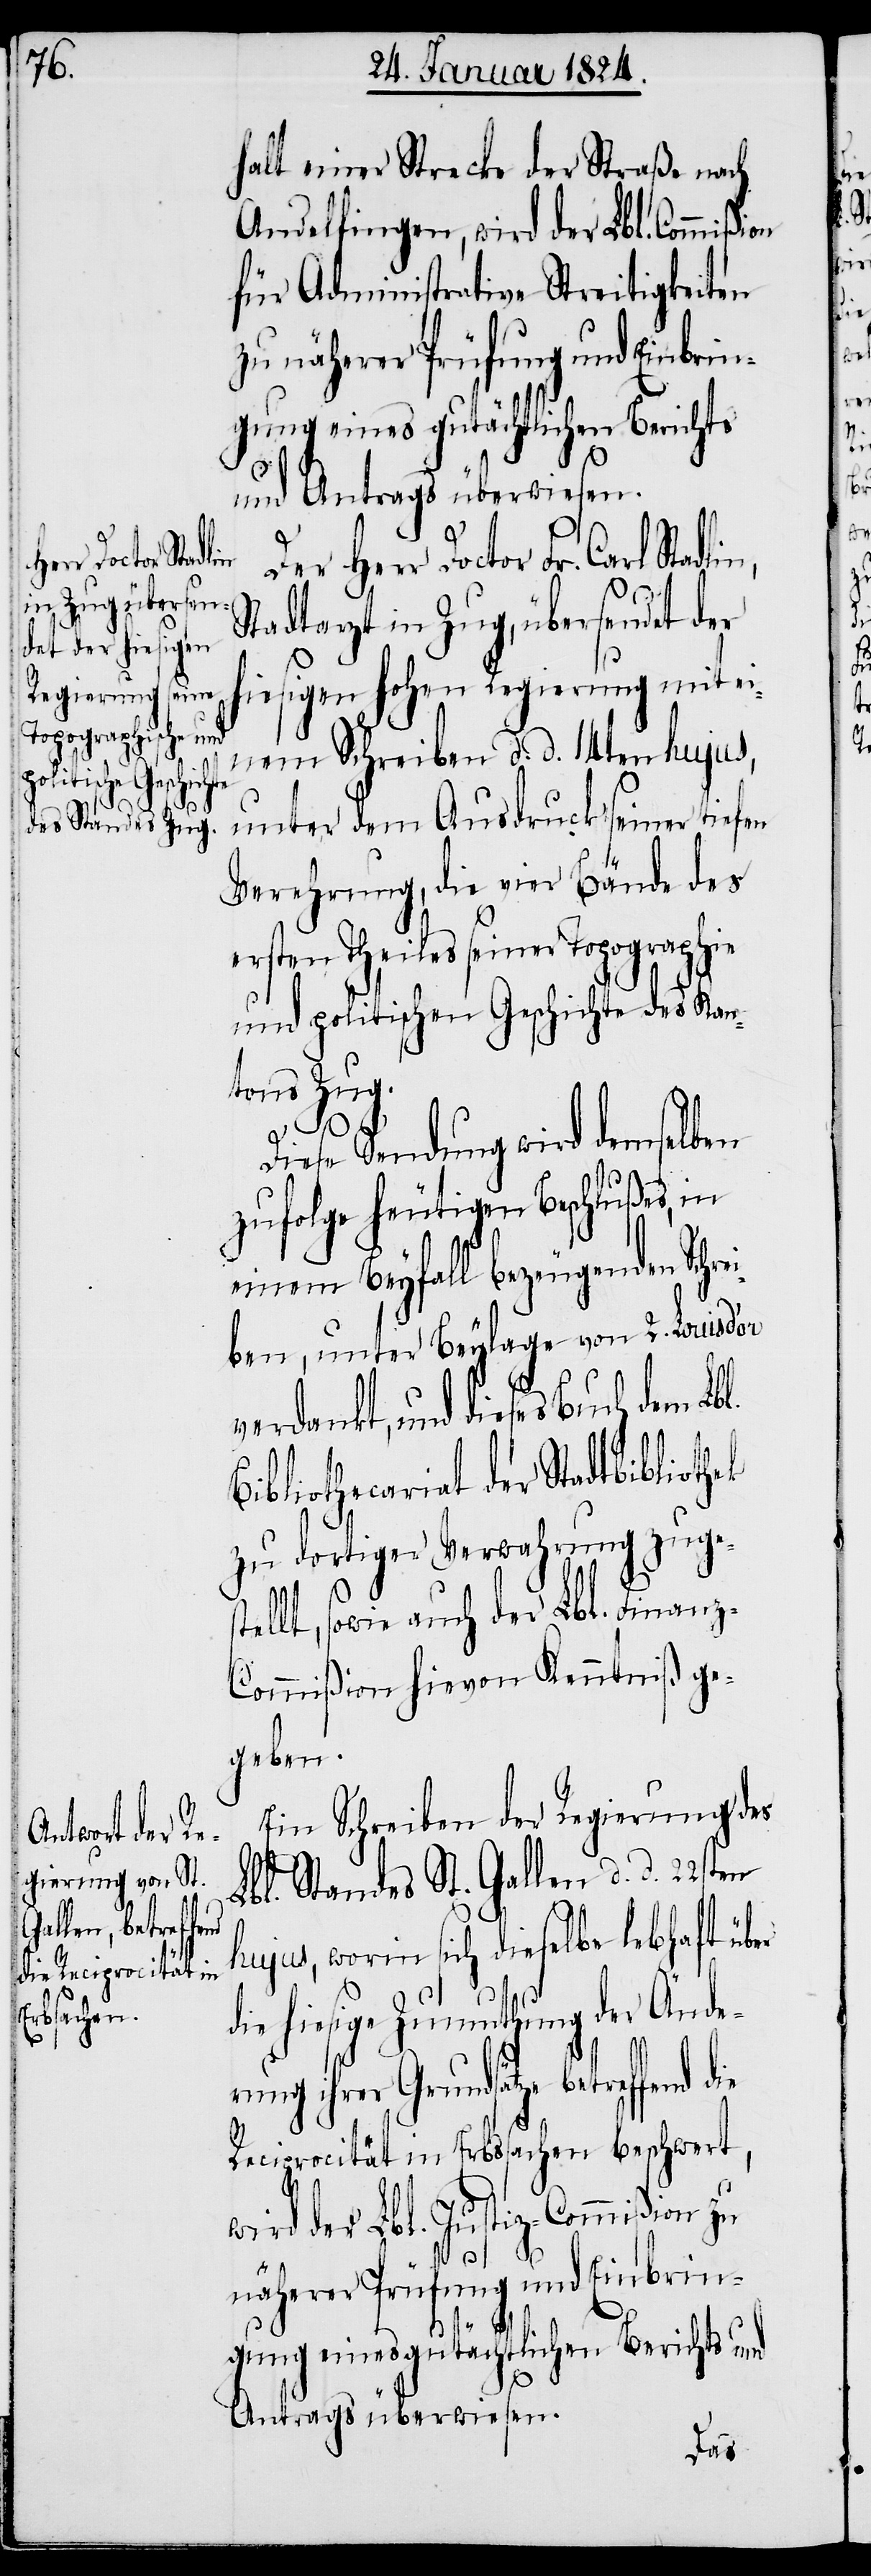
der Lbl.
sowie auch
er

halt einer Strecke der Straße nach
Andelfingen, wird der Lbl. Commißi¬
für Administrative Streitigkeiten
zu näherer Prüfung und Einbrin¬
gung eines gutächtlichen Berichts
w¬
und Antrags überwiesen.
Stadtarzt in Zug, übersendet der
hiesigen hohen Regierung mit e¬
inem Schreiben d. d. 14ten hujus,
unter dem Ausdruck seiner tiefen
Verehrung, die vier Bände des
ersten Theiles seiner Topographie
und politischen Geschichte des Kan¬
fend die
B¬
Diese Sendung wird demselben
zufolge heutigen Beschlußes, in
einem Beyfall bezeugenden Schr¬
eiben, unter Beylage von 2. Louis d’or
verdankt, und dieses Buch dem Lb¬
ibliothecariat der Stadtbiblioth¬
zu dortiger Verwahrung zug¬
ommißion hievon Kenntniß ge¬
geben.
Ein Schreiben der Regierung des
Lbl. Standes St. Gallen d. d. 22sten
hujus, worin sich dieselbe lebhaft üb¬
ie hiesige Zumuthung der Ände¬
rung ihrer Grundsätze betref¬
Reciprocität in Erbsachen beschwert,
ird der Lbl. Justiz-Commißion